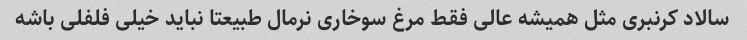
سالاد کرنبری مثل همیشه عالی فقط مرغ سوخاری نرمال طبیعتا نباید خیلی فلفلی باشه